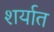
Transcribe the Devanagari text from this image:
शर्यात